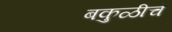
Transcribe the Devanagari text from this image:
बकुळीचे